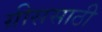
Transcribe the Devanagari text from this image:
ग्रीससाठी